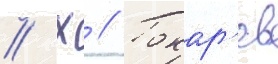
// Х // Токар'ев